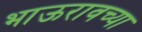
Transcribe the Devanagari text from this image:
भाऊरावच्या